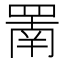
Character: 罱